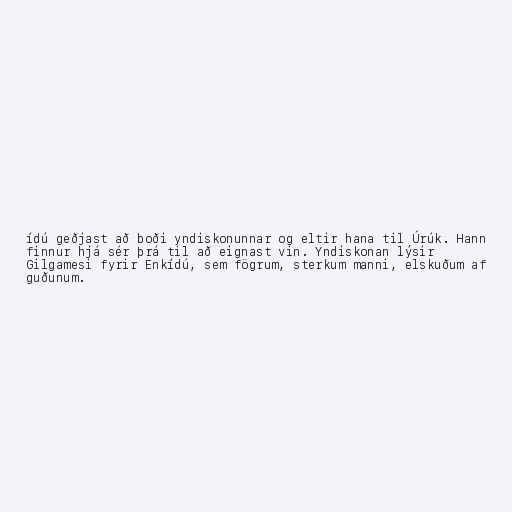
ídú geðjast að boði yndiskonunnar og eltir hana til Úrúk. Hann
finnur hjá sér þrá til að eignast vin. Yndiskonan lýsir
Gilgamesi fyrir Enkídú, sem fögrum, sterkum manni, elskuðum af
guðunum.